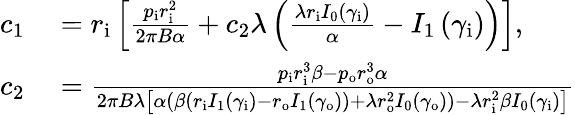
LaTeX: \begin{array}{rl}{c_{1}}&{{}=r_{\mathrm{{i}}}\left[\frac{p_{\mathrm{{i}}}r_{\mathrm{{i}}}^{2}}{2\pi B\alpha}+c_{2}\lambda\left(\frac{\lambda r_{\mathrm{{i}}}I_{0}\left(\gamma_{\mathrm{{i}}}\right)}{\alpha}-I_{1}\left(\gamma_{\mathrm{{i}}}\right)\right)\right],}\\ {c_{2}}&{{}=\frac{p_{\mathrm{{i}}}r_{\mathrm{{i}}}^{3}\beta-p_{\mathrm{{o}}}r_{\mathrm{{o}}}^{3}\alpha}{2\pi B\lambda\left[\alpha\left(\beta\left(r_{\mathrm{{i}}}I_{1}\left(\gamma_{\mathrm{{i}}}\right)-r_{\mathrm{{o}}}I_{1}\left(\gamma_{\mathrm{{o}}}\right)\right)+\lambda r_{\mathrm{{o}}}^{2}I_{0}\left(\gamma_{\mathrm{{o}}}\right)\right)-\lambda r_{\mathrm{{i}}}^{2}\beta I_{0}\left(\gamma_{\mathrm{{i}}}\right)\right]}}\end{array}